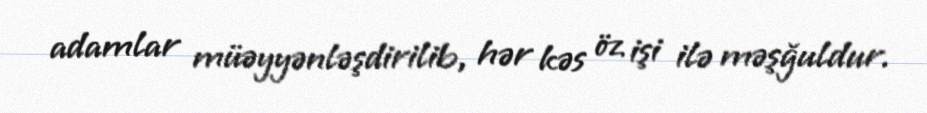
adamlar müəyyənləşdirilib, hər kəs öz işi ilə məşğuldur.